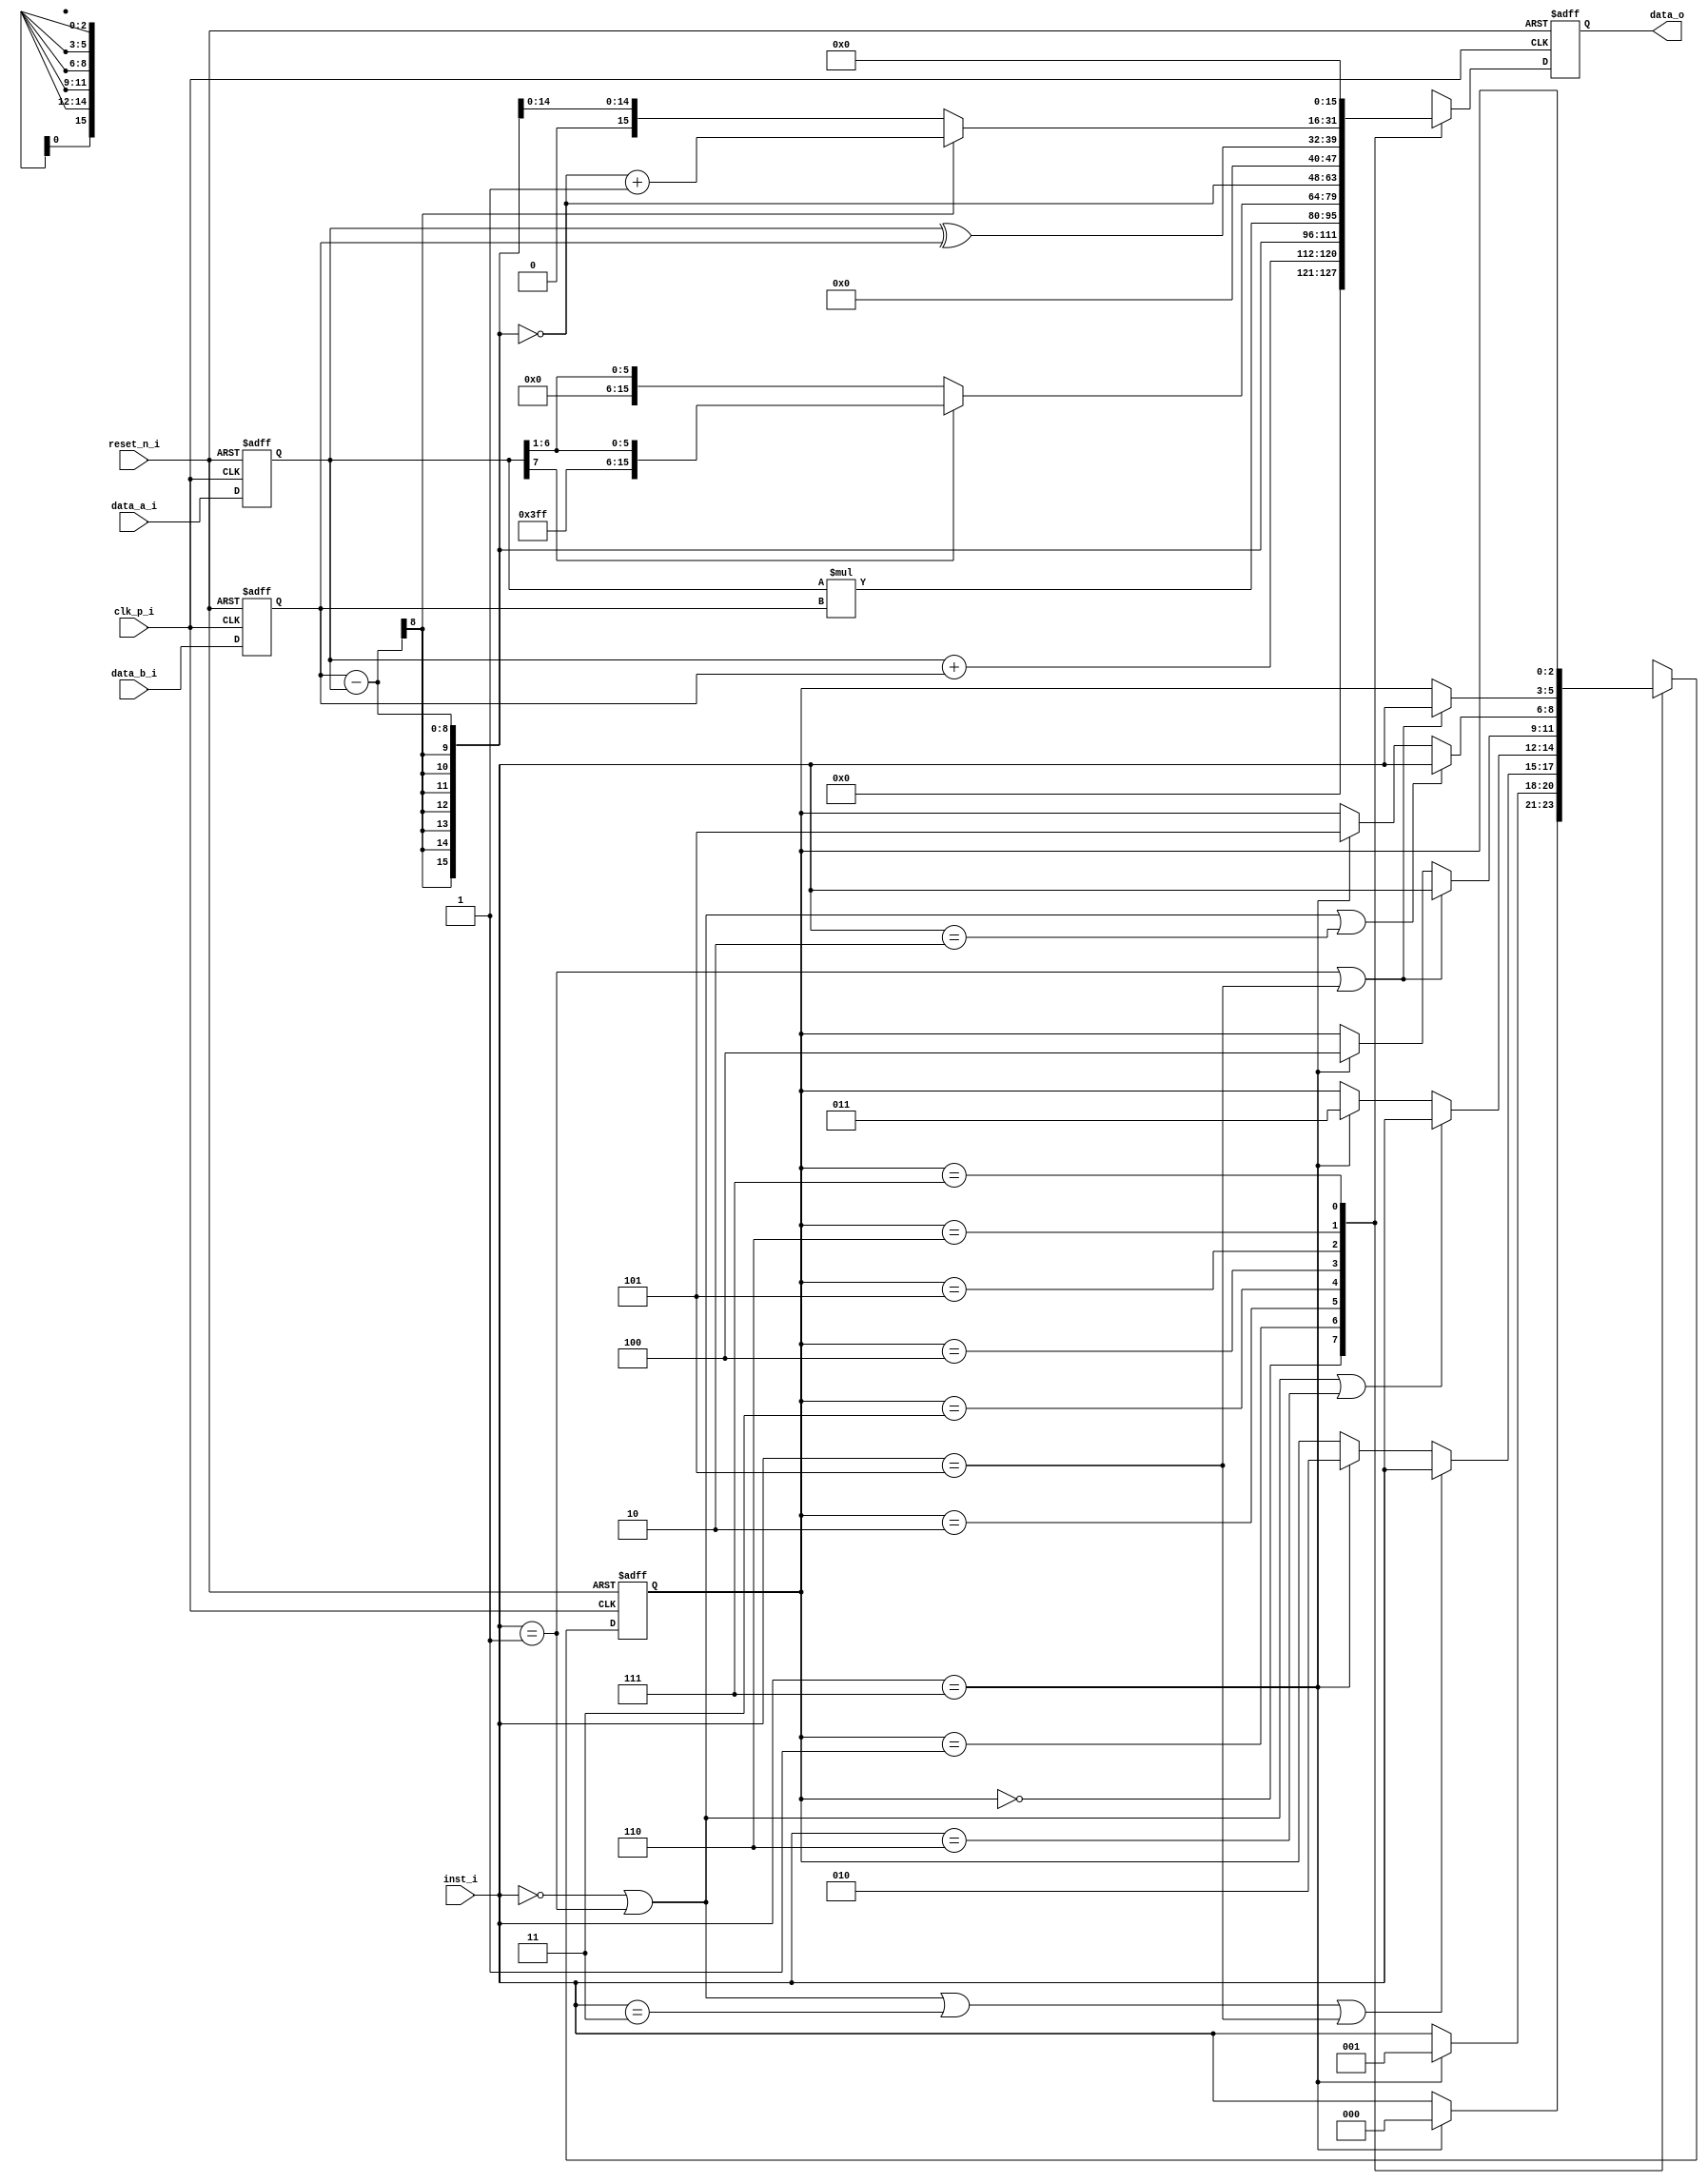
module alu(
             clk_p_i,
             reset_n_i,
             data_a_i,
             data_b_i,
             inst_i,
             data_o
             );
  /* ======================parameter definition====================== */
  
	  parameter		  ADD	=	3'b000;
	  parameter		  SUB	=	3'b001;
	  parameter		  MUL	=	3'b010;
	  parameter		  DIV	=	3'b011;
	  parameter		  NOT	=	3'b100;
	  parameter		  XOR	=	3'b101;
	  parameter		  ABS	=	3'b110;
	  parameter		  PRE	=	3'b111;
  /*========================IO declaration============================ */	  
      input           clk_p_i;
      input           reset_n_i;
      input   [7:0]   data_a_i;
      input   [7:0]   data_b_i;
      input   [2:0]   inst_i;

      output  [15:0]  data_o;

  /* ============================================ */
      wire    [15:0]   out_inst_0;
      wire    [15:0]   out_inst_1;
      wire    [15:0]   out_inst_2;
      wire    [15:0]   out_inst_3;
      wire    [15:0]   out_inst_4;
      wire    [15:0]   out_inst_5;
      wire    [15:0]   out_inst_6;
      wire    [15:0]   out_inst_7;

      reg     [15:0]   ALU_out_inst;
      wire    [15:0]   ALU_d2_w;

      reg     [15:0]   ALU_d2_r;

      reg     [7:0]    ALU_in_1;
      reg     [7:0]    ALU_in_2;
	  
	  reg     [2:0]	   next_state;
	  reg     [2:0]    state;
	  
  assign ALU_d2_w   = ALU_out_inst;
  assign data_o     = ALU_d2_r;

  /* ====================Combinational Part================== */
  assign out_inst_0 = {8'd0,ALU_in_1[7:0]} + {8'd0,ALU_in_2[7:0]};
  assign out_inst_1 = ALU_in_2 - ALU_in_1;
  assign out_inst_2 = ALU_in_1 * ALU_in_2;
  assign out_inst_3 = (ALU_in_1[7]==1'b0)?{9'd0,ALU_in_1[7:1]}:{9'b111111111,ALU_in_1[7:1]};
  assign out_inst_4 = ~out_inst_1;
  assign out_inst_5 = {8'd0,ALU_in_1}^{8'd0,ALU_in_2};
  assign out_inst_6 = (out_inst_1[15]==1'b0)?out_inst_1:(~out_inst_1+16'd1);
  assign out_inst_7 = 8'd0;
  
  //next-state logic
    always@( * )
	begin
		case(state)
			3'b000: begin
                  if(inst_i==3'b111)
                     next_state = 3'b000;
                  else
                     next_state = inst_i;
                 end
			3'b001: begin
			         if(inst_i==3'b111)
			            next_state = 3'b001;
			         else
			            next_state = inst_i;
			        end
			3'b010: begin
						if(inst_i==3'b000 | inst_i==3'b001 | inst_i==3'b011 | inst_i==3'b101)
							 next_state = inst_i;
					   else if(inst_i==3'b111)
					       next_state = 3'b010;
						else
						    next_state = state;
					end
			3'b011: begin
						if(inst_i==3'b000 | inst_i==3'b001 | inst_i==3'b110)
							next_state = inst_i;
						else if(inst_i==3'b111)
					       next_state = 3'b011;
						else
						    next_state = state;
					end
			3'b100: begin
						if(inst_i==3'b001 | inst_i==3'b101)
							next_state = inst_i;
						else if(inst_i==3'b111)
					      next_state = 3'b100;
						else
						   next_state = state;
					end
			3'b101: begin
						if(inst_i==3'b000 | inst_i==3'b001 | inst_i==3'b010)
							next_state = inst_i;
						else if(inst_i==3'b111)
					       next_state = 3'b101;
						else
						    next_state = state;
					end
			3'b110: begin
						if(inst_i==3'b001 | inst_i==3'b101)
							next_state = inst_i;
						else
						    next_state = state;
					end
			3'b111: next_state = state;
			default:next_state = inst_i;
		endcase
	end
  

  
  // output logic
    always@ ( * )
    begin
        case(state)
           3'b000:    ALU_out_inst = out_inst_0;
           3'b001:    ALU_out_inst = out_inst_1;
           3'b010:    ALU_out_inst = out_inst_2;
           3'b011:    ALU_out_inst = out_inst_3;
           3'b100:    ALU_out_inst = out_inst_4;
           3'b101:    ALU_out_inst = out_inst_5;
           3'b110:    ALU_out_inst = out_inst_6;
           3'b111:    ALU_out_inst = out_inst_7;
           default:   ALU_out_inst = out_inst_0;
        endcase
    end

  /* ====================Sequential Part=================== */
    always@(posedge clk_p_i or negedge reset_n_i)
    begin
        if (reset_n_i == 1'b0)
        begin
			  ALU_in_1 		<= 8'd0;
              ALU_in_2 		<= 8'd0;
              //inst_i 	<= 3'd0;
              ALU_d2_r 		<= 16'd0;
			  state			<= 3'd0;
        end
        else
        begin
              ALU_d2_r 		<= ALU_d2_w;
			     ALU_in_1 		<= data_a_i;
              ALU_in_2 		<= data_b_i;
              //inst_i 	<= inst_i;
			  state    		<= next_state;  
        end
    end
  /* ====================================================== */

endmodule